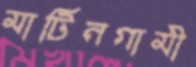
মার্টিনগামী